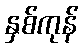
နှစ်ကုန်